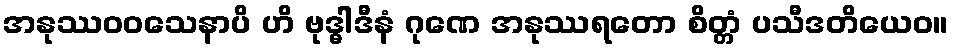
အနုဿဝဝသေနာပိ ဟိ ဗုဒ္ဓါဒီနံ ဂုဏေ အနုဿရတော စိတ္တံ ပသီဒတိယေဝ။